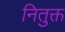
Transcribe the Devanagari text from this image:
नितुक्त